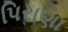
પિરાણા